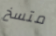
متسخ